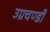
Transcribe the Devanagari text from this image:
उग्रचण्डी